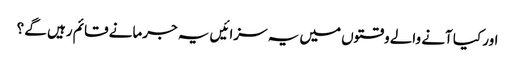
اور کیا آنے والے وقتوں میں یہ سزائیں یہ جرمانے قائم رہیں گے ؟